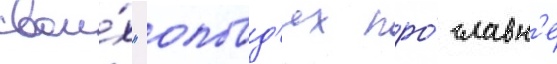
свои́х "оповд'ях про́ славн'е